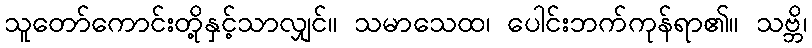
သူတော်ကောင်းတို့နှင့်သာလျှင်။ သမာသေထ၊ ပေါင်းဘက်ကုန်ရာ၏။ သဗ္ဘိ၊